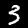
Digit: 3